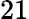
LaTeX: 21